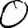
Digit: 0